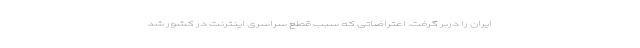
ایران را دربر گرفت. اعتراضاتی که سبب قطع سراسری اینترنت در کشور شد